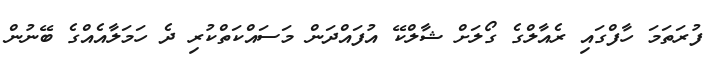
ފުރަތަމަ ހާފްގައި ރެއާލްގެ ގޯލަށް ޝާލްކޭ އުފައްދަން މަސައްކަތްކުރި ދެ ހަމަލާއެއްގެ ބޭނުން